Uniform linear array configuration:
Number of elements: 4
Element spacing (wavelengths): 1
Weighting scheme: binomial
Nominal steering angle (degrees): -60
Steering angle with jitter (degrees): -60.25
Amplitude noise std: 0.05
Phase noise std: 0.05

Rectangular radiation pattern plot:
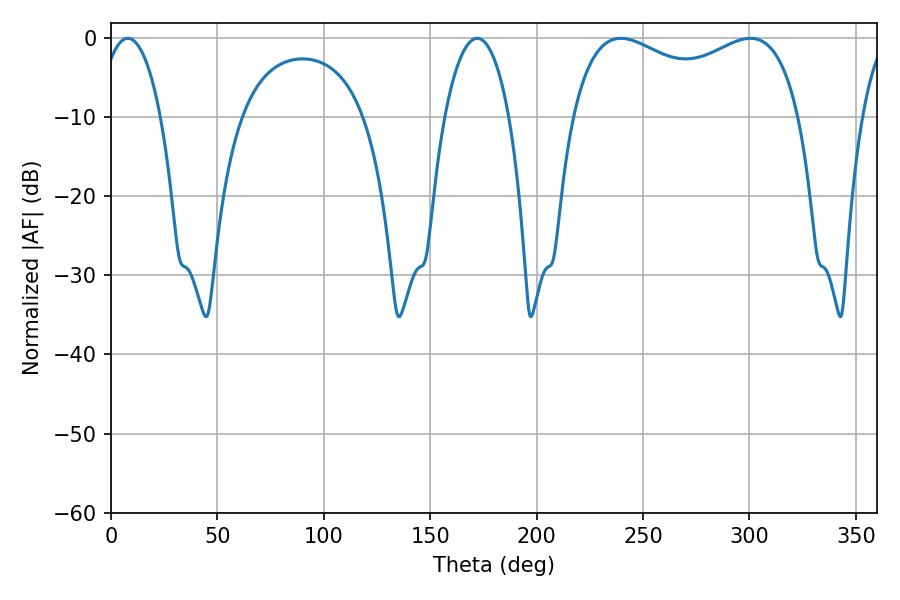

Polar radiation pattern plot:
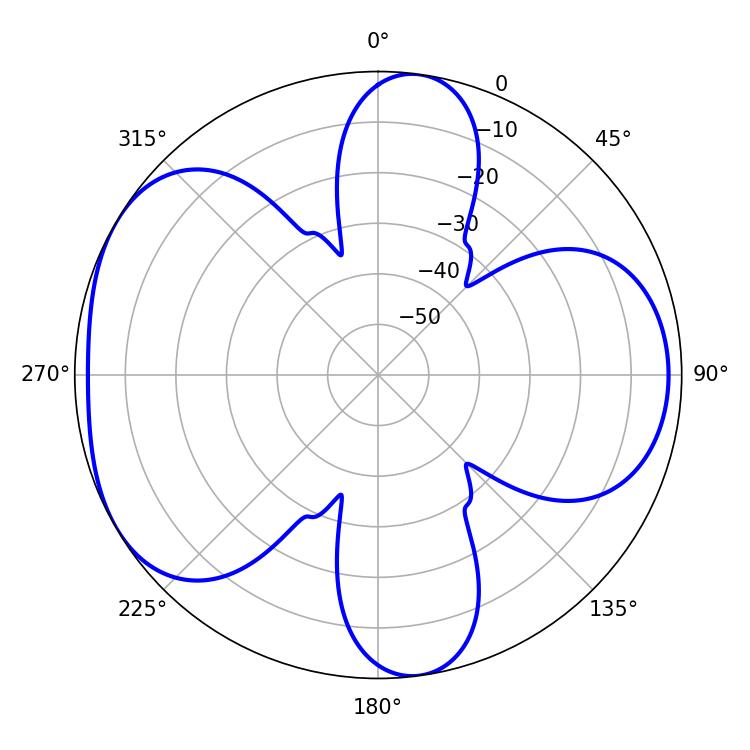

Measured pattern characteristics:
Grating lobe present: TRUE
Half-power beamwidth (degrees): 16.56
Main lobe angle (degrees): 7.92